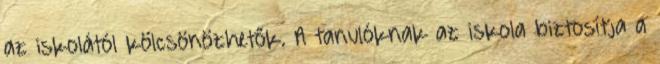
az iskolától kölcsönözhetők. A tanulóknak az iskola biztosítja a